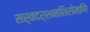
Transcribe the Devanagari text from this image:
सर्वदर्शनशिरोमणि